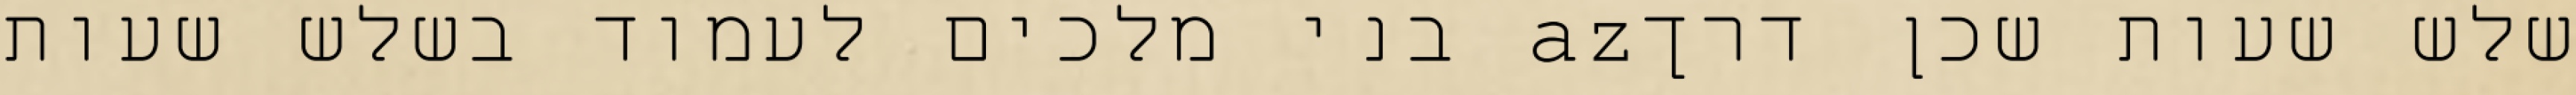
שלש שעות שכן דרךaz בני מלכים לעמוד בשלש שעות